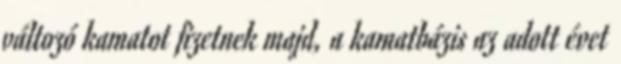
változó kamatot fizetnek majd, a kamatbázis az adott évet